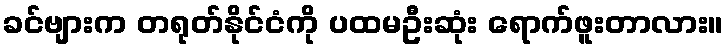
ခင်ဗျားက တရုတ်နိုင်ငံကို ပထမဦးဆုံး ရောက်ဖူးတာလား။